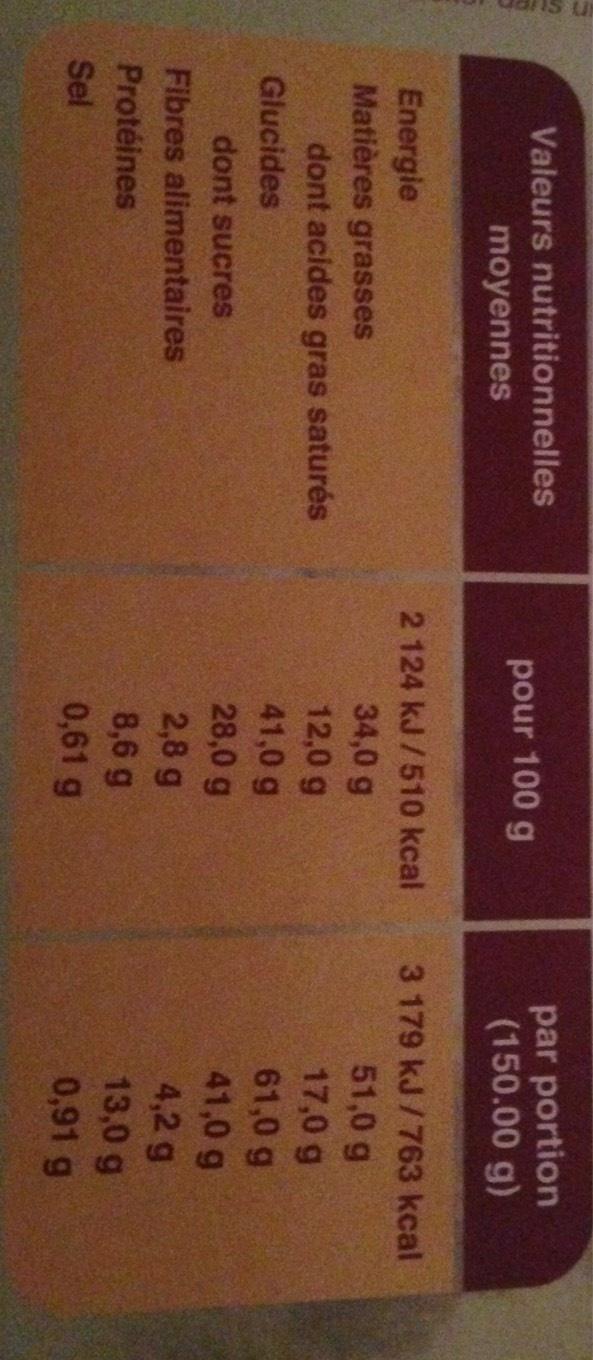
Valeurs nutritionnelles
moyennes
Energie
Matières grasses
dont acides gras saturés
Glucides
dont sucres
Fibres alimentaires
Protéines
Sel
pour 100 g
2 124 kJ/510 kcal 34,0 g
12,0 g
41,0 g
28,0 g
2,8 g
8,6 g
0,61 g
par portion (150.00 g)
3 179 kJ/763 kcal 51,0 g
17,0 g
61,0 g
41,0 g
4,2 g
13,0 g
0,91 g